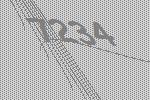
7234